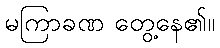
မကြာခဏ တွေ့နေ၏။